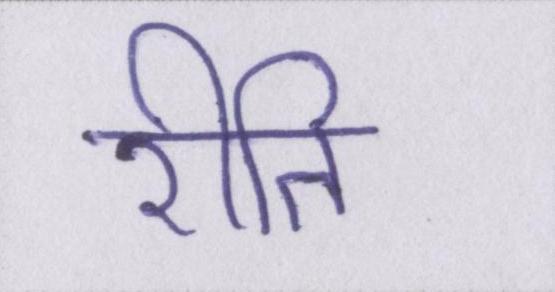
रीति